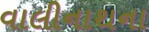
વાલીનાથના